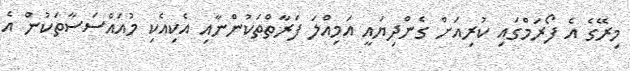
މިރޭގެ އެ ފޯރަމްގައި ކުރިއަށް ގެންދިޔައީ އަމިއްލަ ފަރާތްތަކުންނާއި އެކިއެކި މުއައްސަސާތަކުން އެ